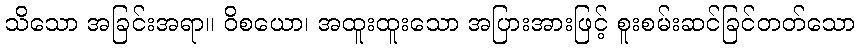
သိသော အခြင်းအရာ။ ဝိစယော၊ အထူးထူးသော အပြားအားဖြင့် စူးစမ်းဆင်ခြင်တတ်သော